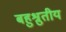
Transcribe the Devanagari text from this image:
बहुश्रुतीय